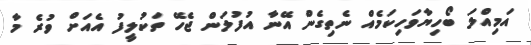
އަމިއްލަ ބޯހިޔާވަހިކަމެއް ނެތިގެން އޭނާ އުފުލަން ޖެހޭ ތަކުލީފު އެއަށް ވުރެ މާ